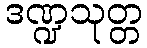
ဒဏ္ဍသုတ္တ